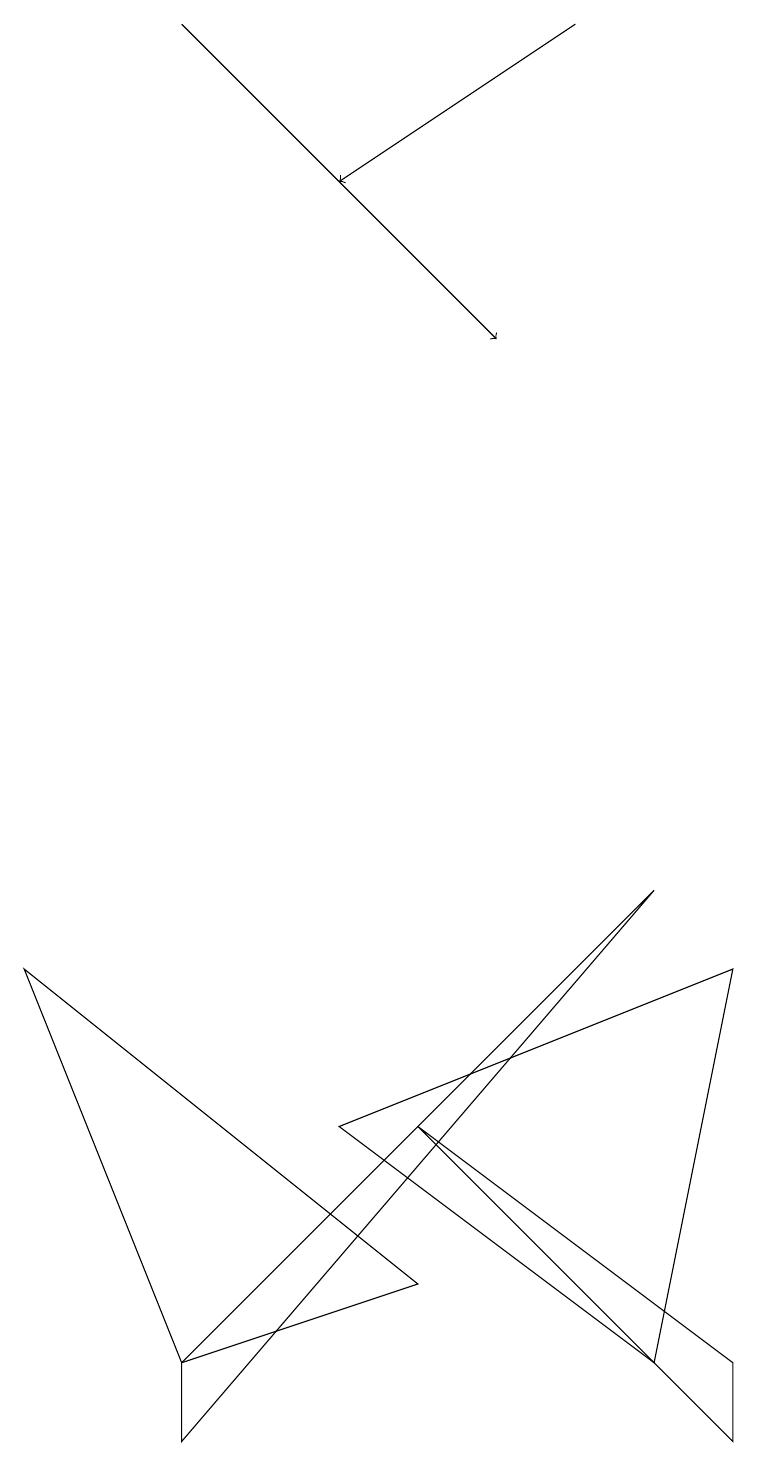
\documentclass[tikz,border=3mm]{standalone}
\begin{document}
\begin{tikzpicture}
\draw[->] (2,19) -- (6,15);
\draw (9,2) -- (9,1) -- (5,5) -- cycle;
\draw (0,7) -- (2,2) -- (5,3) -- cycle;
\draw (8,2) -- (4,5) -- (9,7) -- cycle;
\draw (8,8) -- (2,1) -- (2,2) -- cycle;
\draw[->] (7,19) -- (4,17);
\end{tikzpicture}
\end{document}